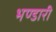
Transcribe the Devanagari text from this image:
भण्‍डारी